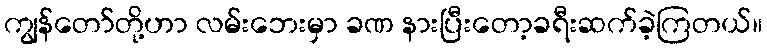
ကျွန်တော်တို့ဟာ လမ်းဘေးမှာ ခဏ နားပြီးတော့ခရီးဆက်ခဲ့ကြတယ်။